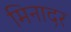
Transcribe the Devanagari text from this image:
मिनादर